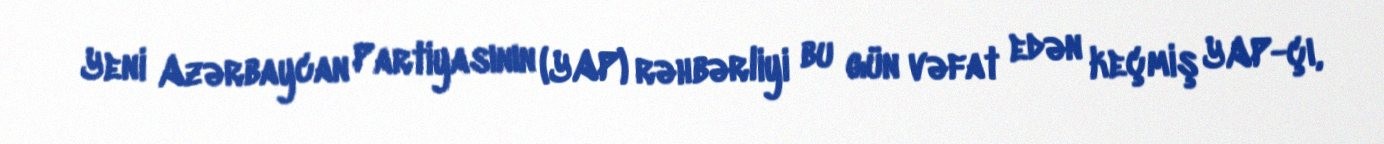
Yeni Azərbaycan Partiyasının (YAP) rəhbərliyi bu gün vəfat edən keçmiş YAP-çı,